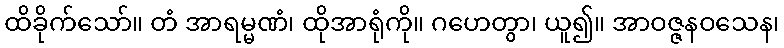
ထိခိုက်သော်။ တံ အာရမ္မဏံ၊ ထိုအာရုံကို။ ဂဟေတွာ၊ ယူ၍။ အာဝဇ္ဇနဝသေန၊